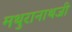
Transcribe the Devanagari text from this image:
मथुरानाथजी